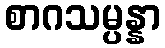
စာဂသမ္ပန္နာ